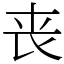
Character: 丧